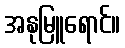
အနုမြူရောင်။